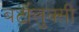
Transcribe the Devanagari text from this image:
बर्टोलुक्सी